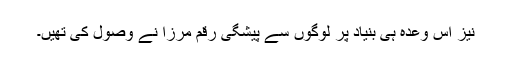
نیز اس وعدہ ہی بنیاد پر لوگوں سے پیشگی رقم مرزا نے وصول کی تھیں۔